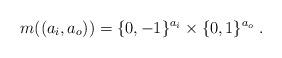
LaTeX: \begin{align*}m((a_i,a_o))=\{0,-1\}^{a_i}\times \{0,1\}^{a_o}\;.\end{align*}